Structure of Hæmatopota pluvialis (Meigen) - Number 55
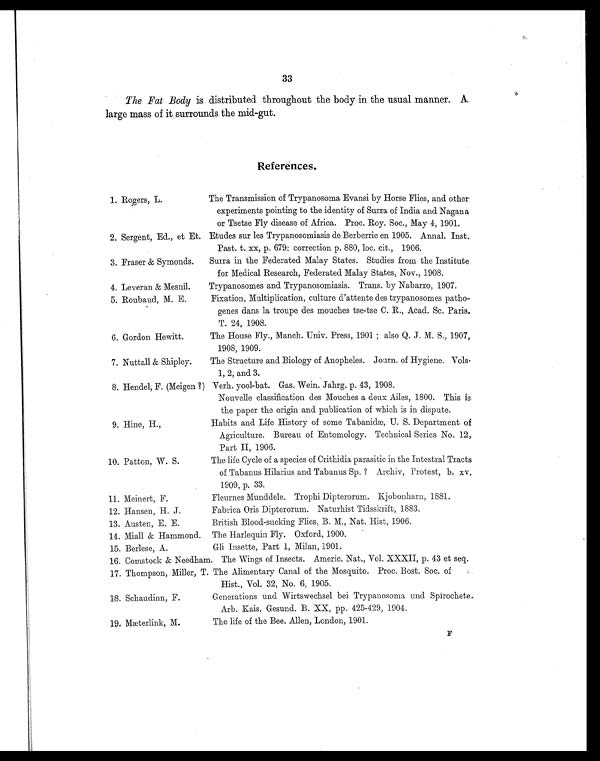
The Transmission of Trypanosoma Evansi by Horse Flies, and other
experiments pointing to the identity of Surra of India and Nagana
or Tsetse Fly disease of Africa. Proc. Roy. Soc., May 4,. 1901
Etudes sur les Trypanosomiasis de Berberrie en 1905. Annal. Inst.
Past. t. xx, p. 679: correction p. 880, loc. cit., 1906.
Surra in the Federated Malay States. Studies from the Institute
for Medical Research, Federated Malay States, Nov., 1908.
Trypanosomes and Trypanosomiasis. Trans. by Nabarro, 1907.
Fixation, Multiplication, culture d'attente des trypanosomes patho-
genes dans la troupe des mouches tse-tse C. R., Acad. Sc. Paris.
T. 24, 1908.
The House Fly., Manch. Univ. Press, 1901; also Q. J. M. S., 1907,
1908, 1909.
The Structure and Biology of Anopheles. Journ. of Hygiene. Vols.
1, 2, and 3.
Verh. yool-bat. Gas. Wein. Jahrg. p. 43, 1908.
Nouvelle classification des Mouches a deux Ailes, 1800. This is
the paper the origin and publication of which is in dispute.
Habits and Life History of some Tabanidæ, U. S. Department of
Agriculture. Bureau of Entomology. Technical Series No. 12,
Part II, 1906.
The life Cycle of a species of Crithidia parasitic in the Intestral Tracts
of Tabanus Hilarius and Tabanus Sp. ? Archiv, Protest, b. xv.
1909, p. 33.
Fleurnes Munddele. Trophi Dipterorum. Kjobonharn, 1881.
Fabrica Oris Dipterorum. Naturhist Tidsskrift, 1883.
British Blood-sucking Flies, B. M., Nat. Hist, 1906.
The Harlequin Fly. Oxford, 1900.
Gli Insette, Part 1, Milan, 1901.
The Wings of Insects. Americ. Nat., Vol. XXXII, p. 43 et seq.
The Alimentary Canal of the Mosquito. Proc. Bost. Soc. of
Hist., Vol. 32, No. 6, 1905.
Generations und Wirtswechsel bei Trypanosoma und Spirochete.
Arb. Kais. Gesund. B. XX, pp. 425-429, 1904.
The life of the Bee. Allen, London, 1901.
33
The Fat Body is distributed throughout the body in the usual manner. A
large mass of it surrounds the mid-gut.
References.
1. Rogers, L.
2. Sergent, Ed., et Et.
3. Fraser & Symonds.
4. Leveran & Mesnil.
5. Roubaud, M. E.
6. Gordon Hewitt.
7. Nuttall & Shipley.
8. Hendel, F. (Meigen ?)
9. Hine, H.,
10. Patton, W. S.
11. Meinert, F.
12. Hansen, H. J.
13. Austen, E. E.
14. Miall & Hammond.
15. Berlese, A.
16. Comstock & Needham
17. Thompson, Miller, T.
18. Schaudinn, F.
19. Mæterlink, M.